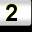
Digit: 2